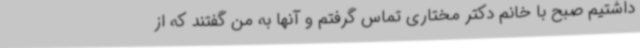
داشتیم صبح با خانم دکتر مختاری تماس گرفتم و آنها به من گفتند که از